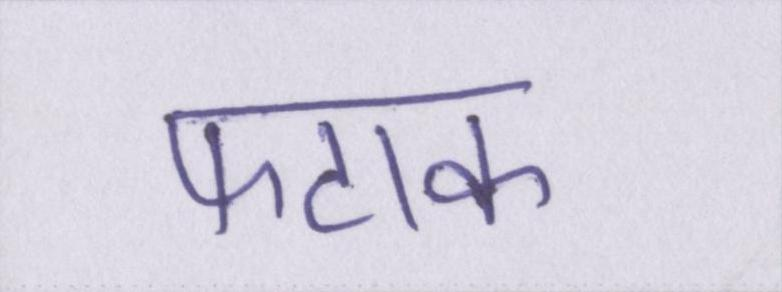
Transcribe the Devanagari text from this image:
फटाक